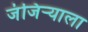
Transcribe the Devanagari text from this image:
जंजिर्‍याला